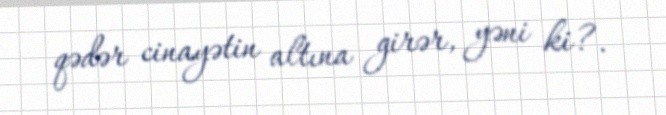
qədər cinayətin altına girər, yəni ki?.